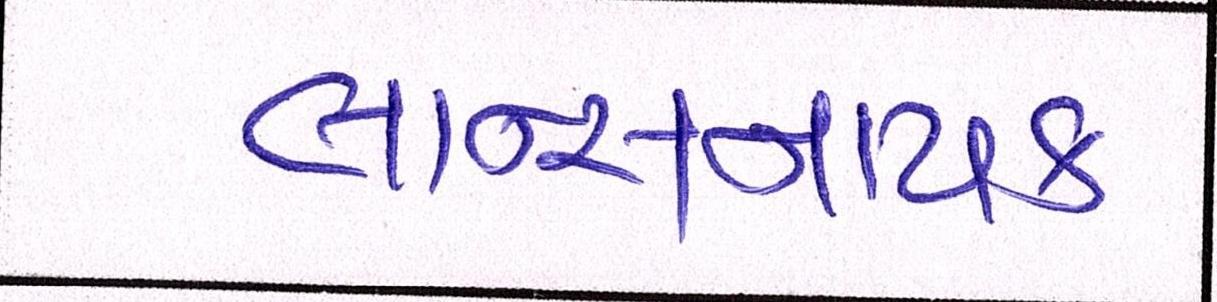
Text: લાન્સનાયક